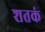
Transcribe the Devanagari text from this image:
शतकं